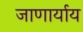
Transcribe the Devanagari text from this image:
जाणार्याय